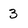
Character: 3